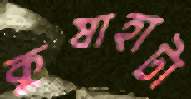
কুষাহাটা